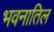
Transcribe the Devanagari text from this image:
भवनातिल